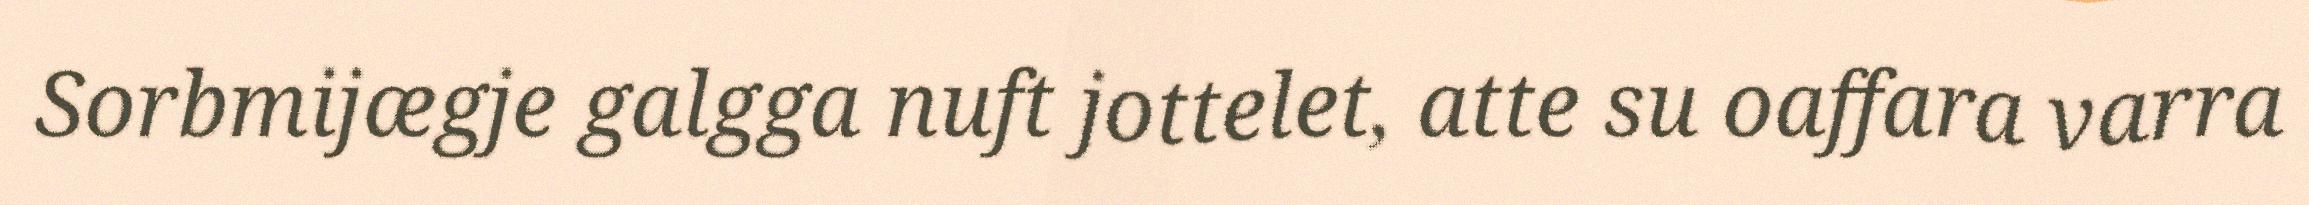
Sorbmijægje galgga nuft jottelet, atte su oaffara varra